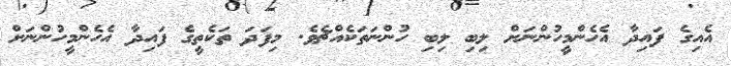
އެއިގެ ފައިދާ އެހެންމީހުންނަށް ލިބި ލިބި ހުންނަތަކެއްޗެވެ. މިފަދަ ތަކެތީގެ ފައިދާ އެހެންމީހުންނަށް